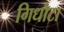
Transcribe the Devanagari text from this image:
गिधौटा